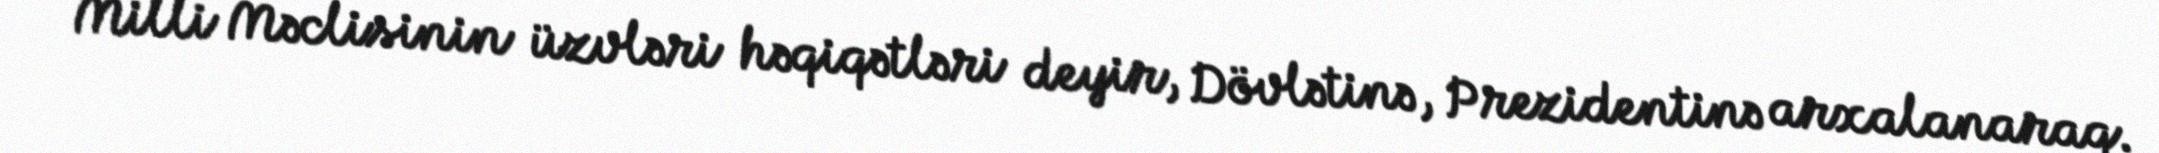
Milli Məclisinin üzvləri həqiqətləri deyir, Dövlətinə, Prezidentinə arxalanaraq.